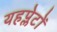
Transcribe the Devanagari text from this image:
यहप्लेटों